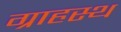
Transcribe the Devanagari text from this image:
ग्राहस्थ